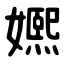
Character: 㜯